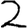
Digit: 2